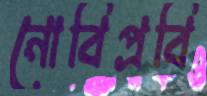
নোবিপ্রবি